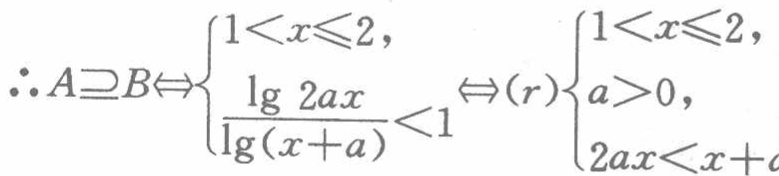
\(\therefore A\supseteq B\Leftrightarrow\begin{cases}1<x\leqslant 2,\\\dfrac{\lg 2ax}{\lg(x + a)}<1\end{cases}\Leftrightarrow(r)\begin{cases}1<x\leqslant 2,\\a>0,\\2ax<x + a\end{cases}\)